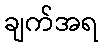
ချက်အရ